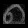
Digit: ၈